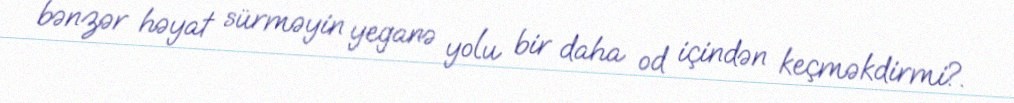
bənzər həyat sürməyin yeganə yolu bir daha od içindən keçməkdirmi?.